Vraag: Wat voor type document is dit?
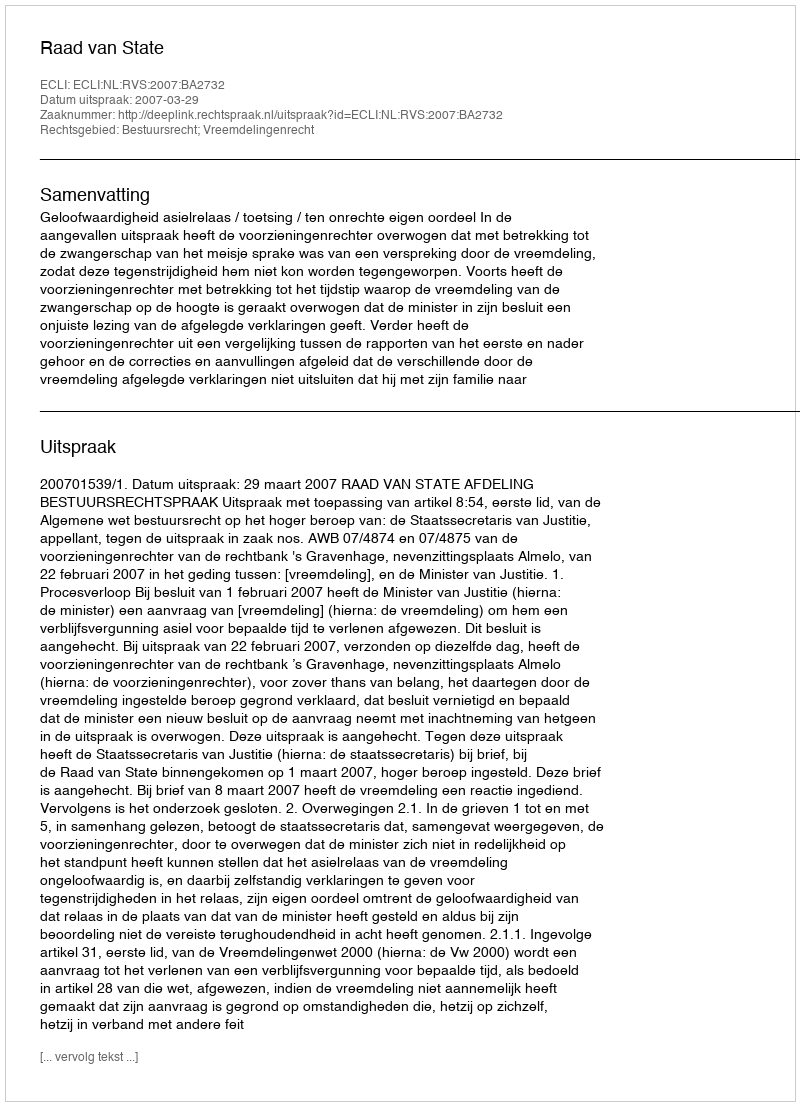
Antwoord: Uitspraak